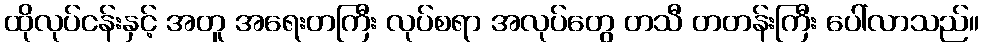
ထိုလုပ်ငန်းနှင့် အတူ အရေးတကြီး လုပ်စရာ အလုပ်တွေ တသီ တတန်းကြီး ပေါ်လာသည်။